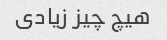
هیچ چیز زیادی